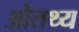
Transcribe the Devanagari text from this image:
औतथ्य